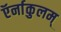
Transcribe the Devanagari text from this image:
ऍर्नाकुलम्